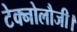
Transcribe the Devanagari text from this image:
टेक्नोलौजी।